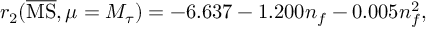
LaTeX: r _ { 2 } ( \overline { { \mathrm { M S } } } , \mu = M _ { \tau } ) = - 6 . 6 3 7 - 1 . 2 0 0 n _ { f } - 0 . 0 0 5 n _ { f } ^ { 2 } ,